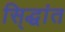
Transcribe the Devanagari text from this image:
सि्द्धांत